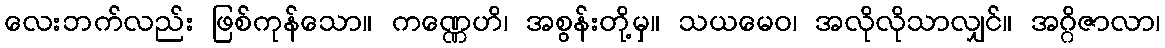
လေးဘက်လည်း ဖြစ်ကုန်သော။ ကဏ္ဏေဟိ၊ အစွန်းတို့မှ။ သယမေဝ၊ အလိုလိုသာလျှင်။ အဂ္ဂိဇာလာ၊